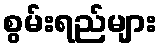
စွမ်းရည်များ